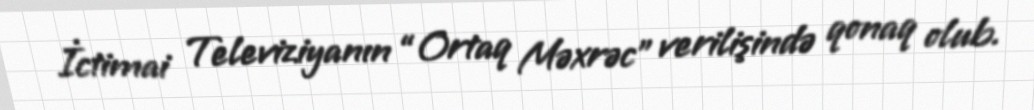
İctimai Televiziyanın “Ortaq Məxrəc” verilişində qonaq olub.